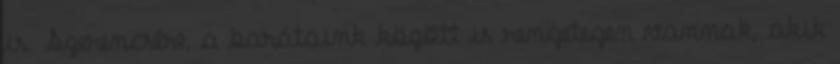
is. Szerencsére, a barátaink között is rengetegen vannak, akik